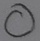
Text: O